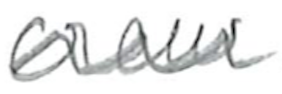
Text: crew
Cross-out: wave
Writing tool: pencil